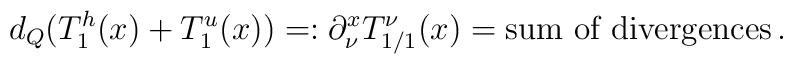
d_{Q}\big(T_{1}^{h}(x)+T_{1}^{u}(x)\big)=:\partial_{\nu}^{x}T_{1/1}^{ \nu}(x)=\hbox{sum of  divergences}\, .